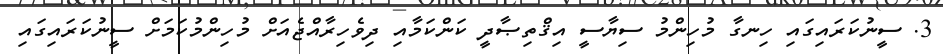
3. ސީނުކަރައިގައި ހިނގާ މުހިންމު ސިޔާސީ އިޤްތިޞާދީ ކަންކަމާއި ދިވެހިރާއްޖެއަށް މުހިންމުކަމަށް ސީނުކަރައިގައި